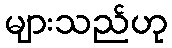
များသည်ဟု